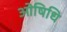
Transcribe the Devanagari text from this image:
ओषिधि